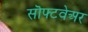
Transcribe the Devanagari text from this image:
सॊफ्टवेअर